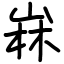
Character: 𡹇